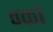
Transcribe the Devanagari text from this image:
वर्का